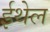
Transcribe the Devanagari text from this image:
ईथेल